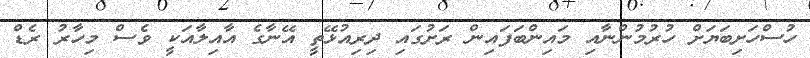
ހުސްހަށިބަޔަށް ހުރުމުންނާއި މައިންބަފައިން ރަށުގައި ދިރިއުޅޭތީ އޭނާގެ އާއިލާއަކީ ވެސް މިހާރު ރެޑް